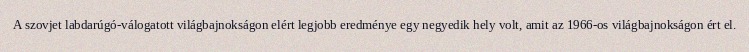
A szovjet labdarúgó-válogatott világbajnokságon elért legjobb eredménye egy negyedik hely volt, amit az 1966-os világbajnokságon ért el.